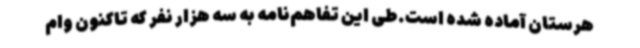
هرستان آماده شده است.طی این تفاهم‌نامه به سه هزار نفر که تاکنون وام